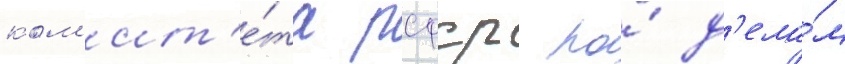
ком'ит'е́та рсфср по́ д'ела́м